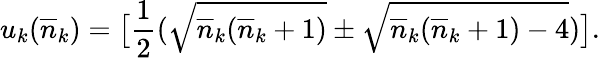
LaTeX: u_{k}(\overline{{{n}}}_{k})=\bigl[\frac{1}{2}(\sqrt{\overline{{{n}}}_{k}(\overline{{{n}}}_{k}+1)}\pm\sqrt{\overline{{{n}}}_{k}(\overline{{{n}}}_{k}+1)-4})\bigr].